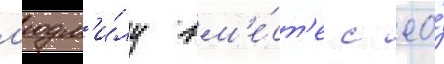
л'юдм'и́лу вм'е́ст'е с ео́